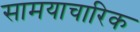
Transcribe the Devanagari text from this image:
सामयाचारिक